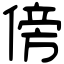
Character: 傍